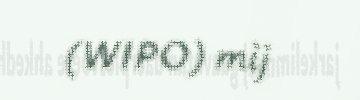
(WIPO) mij